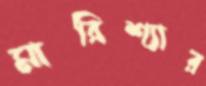
মারিশ্যার